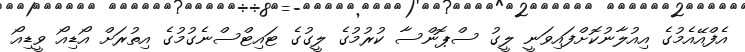
އެފްއޭއެމުގެ އިއުލާނުކޮށްފައިވަނީ ލީގު ސްޕޮންސާ ކުރުމުގެ ލީގުގެ ޓައިޓްސްނެގުމުގެ އިތުރަށް އޯޑިއޯ ވީޑިއޯ